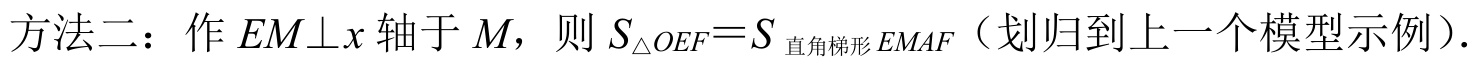
方法二：作 \(EM\bot x\) 轴于 \(M\)，则 \(S_{\triangle OEF}=S_{\text{直角梯形}EMAF}\)（划归到上一个模型示例）.